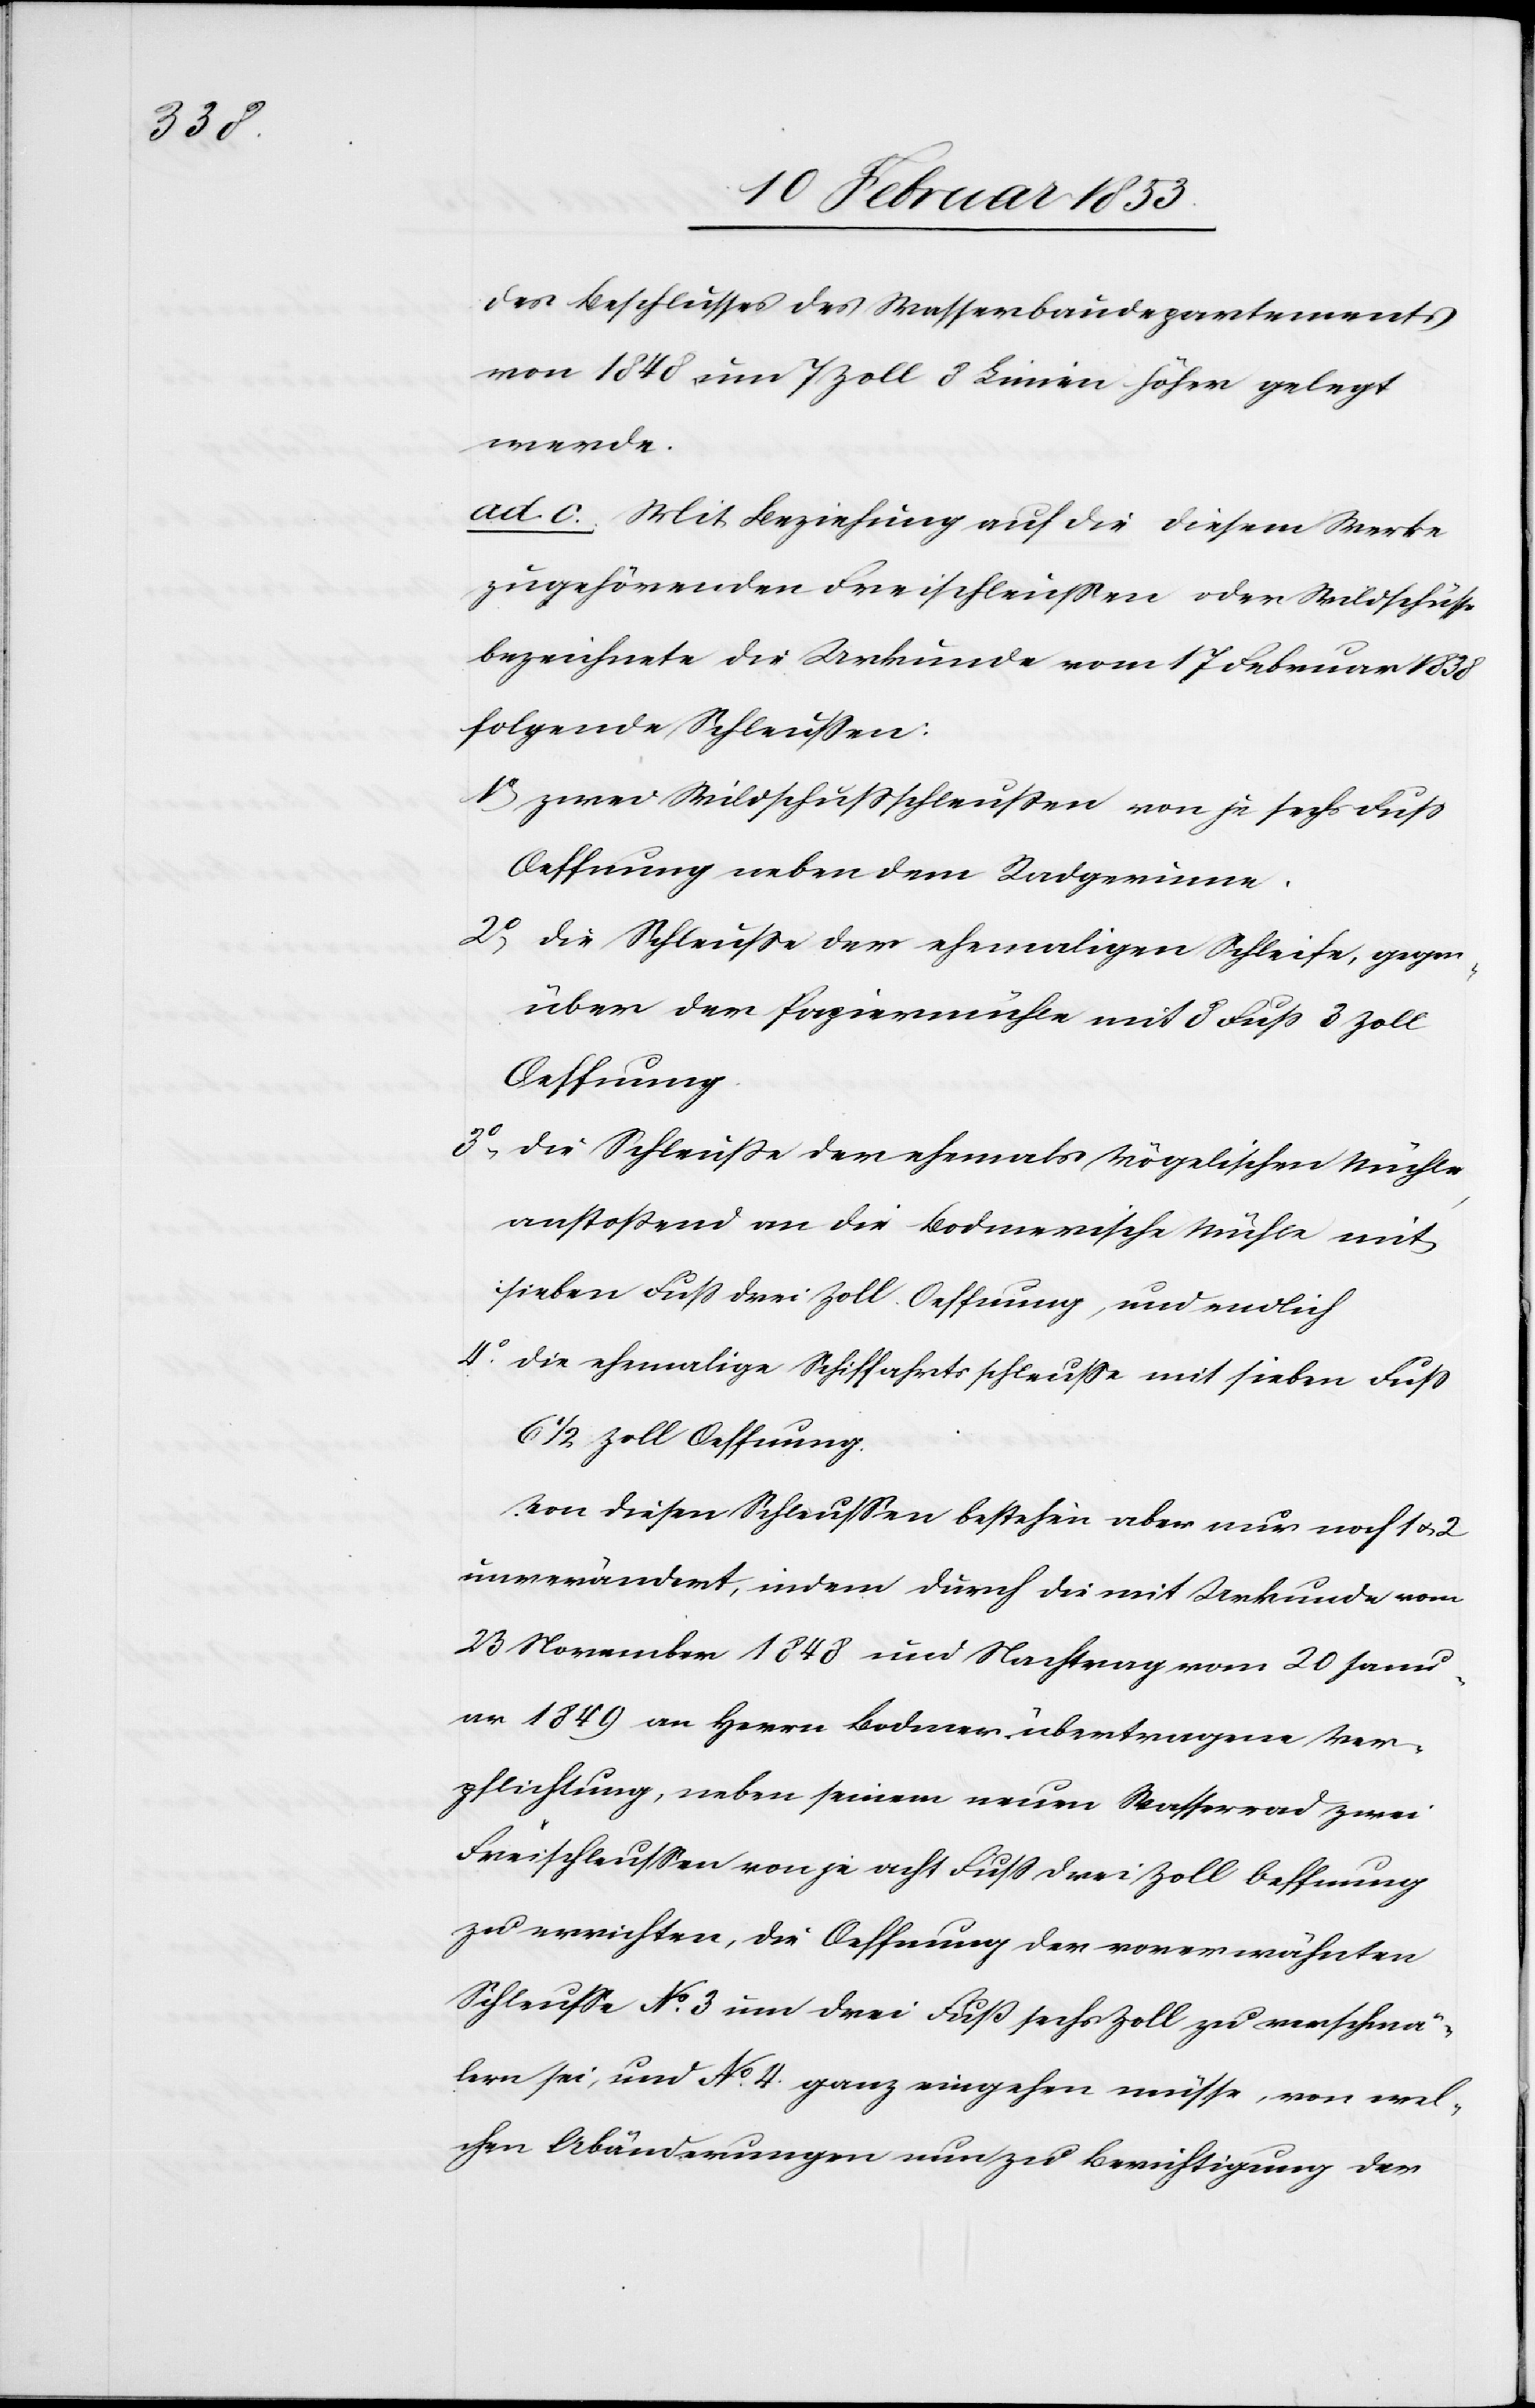
des Beschlusses des Wasserbaudepartements
von 1848 um 7 Zoll 8 Linien höher gelegt
werde.
ad c. Mit Beziehung auf die diesem Werke
zugehörenden Freischleußen oder Wildschüsse
bezeichnete die Urkunde vom 17 Februar 1838
folgende Schleußen.
Oeffnung neben dem Radgewinne.
2° die Schleuße der ehemaligen Schleife, gegen¬
über der Papiermühle mit 8 Fuß 3 Zoll
Oeffnung.
3° die Schleuße der ehemals Möglichen Mühle
anstoßend an die Bodmerische Mühle mit
sieben Fuß drei Zoll Oeffnung, und endlich
4° die ehemalige Schiffahrtsschleuße mit sieben Fuß
6 1/2 Zoll Oeffnung.
Von diesen Schleußen bestehen aber nur noch 1 u. 2
unverändert, indem durch die mit Urkunde vom
23 November 1848 und Nachtrag vom 20 Janu¬
ar 1849 an Herrn Bodmer übertragene Ver¬
pflichtung, neben seinem neuen Wasserrad zwei
Freischleußen von je acht Fuß drei Zoll Oeffnung
zu errichten, die Oeffnung der vorerwähnten
Schleuße N°. 3 um drei Fuß sechs Zoll zu verschmä¬
lern sei, und N°. 4. ganz eingehen müsse, von wel¬
chen Abänderungen nun zu Berichtigung der